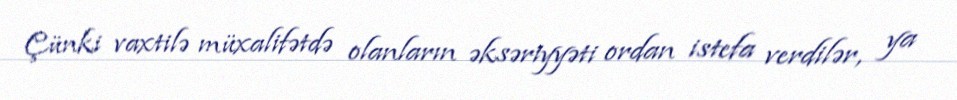
Çünki vaxtilə müxalifətdə olanların əksəriyyəti ordan istefa verdilər, ya